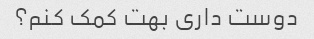
دوست داری بهت کمک کنم؟